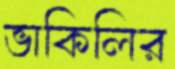
ভাকিলির